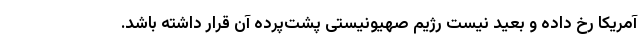
آمریکا رخ داده و بعید نیست رژیم صهیونیستی پشت‌پرده آن قرار داشته باشد.